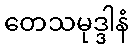
တေသမုဒ္ဒါနံ